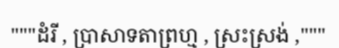
"""ដំរី , ប្រាសាទតាព្រហ្ម , ស្រះស្រង់ ,"""